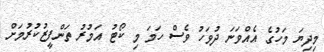
މިދިޔަ މަހުގެ އެއްވަނަ ދުވަހު ވެސް ހަމަ މި ކޯޓު އަމުރު ތަންފީޒުކުރުމަށް